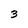
Character: 3